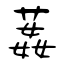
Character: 葌